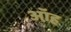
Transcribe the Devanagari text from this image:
ऑह